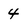
Character: 4